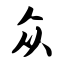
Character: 众